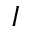
I